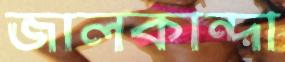
জালকান্দা